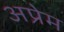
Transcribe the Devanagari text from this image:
अप्रेम